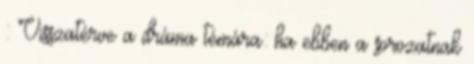
: Visszatérve a dráma témára: ha ebben a sorozatnak